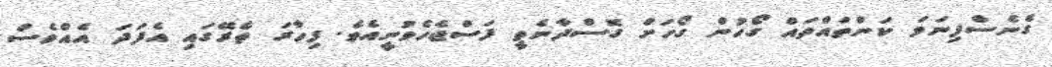
ގެނެސްފިނަމަ ކަންތައްތައް ގޯހުން ގޯހަށް ގޮސްދާނެތީ ފަސްޖެހެވުނީއެވެ. ފިހާރަ ތެރޭގައި އެފަދަ އެއްވެސް